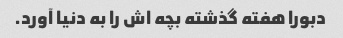
دبورا هفته گذشته بچه اش را به دنیا آورد.